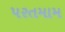
પરતમામ